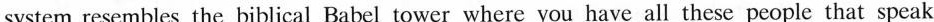
system resembles the biblical Babel tower where you have all these people that speak